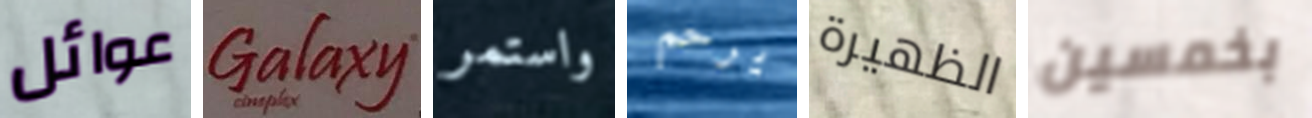
عوائل Galaxy واستمر يرحم الظهيرة بخمسين